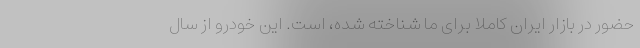
حضور در بازار ایران کاملا برای ما شناخته شده، است. این خودرو از سال